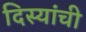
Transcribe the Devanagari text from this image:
दिस्यांची